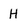
Character: H